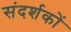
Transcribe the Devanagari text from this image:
संदर्शकों